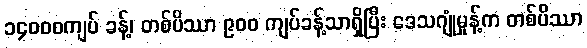
၁၄၀၀၀ကျပ် ခန့်၊ တစ်ပိဿာ ၉၀၀ ကျပ်ခန့်သာရှိပြီး ဒေသဂျုံမှုန့်က တစ်ပိဿာ